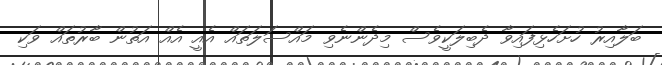
ބަލާއިރު ހުށަހެޅިފައިވާ ދެބިލަކީވެސް މިދެންނެވި މައްސަލަތައް އެއީ އެއް އަތުން ބާރުތައް ވަކި